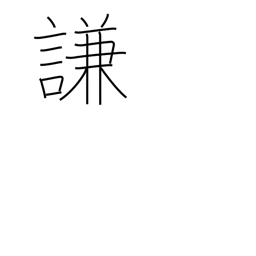
Meaning: condescend